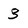
Character: 3